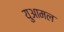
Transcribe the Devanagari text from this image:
युआमल